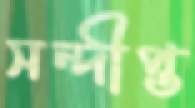
সন্দীপ্ত